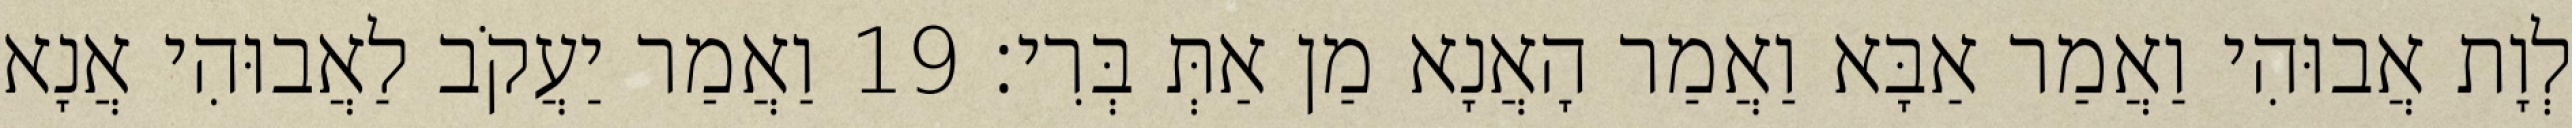
לְוָת אֲבוּהִי וַאֲמַר אַבָּא וַאֲמַר הָאֲנָא מַן אַתְּ בְּרִי׃ 19 וַאֲמַר יַעֲקֹב לַאֲבוּהִי אֲנָא